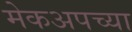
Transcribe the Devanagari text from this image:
मेकअपच्या